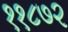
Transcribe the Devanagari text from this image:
११८७२